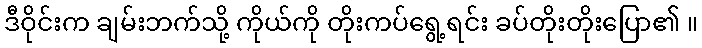
ဒီဝိုင်းက ချမ်းဘက်သို့ ကိုယ်ကို တိုးကပ်ရွေ့ရင်း ခပ်တိုးတိုးပြော၏ ။